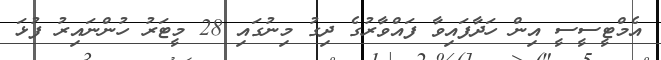
އެމްޓީސީސީ އިން ހަދާފައިވާ ފައްވާރުގެ ދިގު މިނުގައި 28 މީޓަރު ހުންނައިރު ފުޅަ